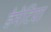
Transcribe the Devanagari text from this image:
डेमेंटिया